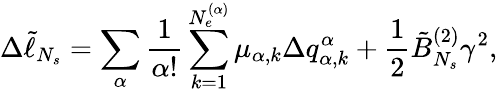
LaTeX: \Delta\tilde{\ell}_{N_{s}}=\sum_{\alpha}\frac{1}{\alpha!}\sum_{k=1}^{N_{e}^{(\alpha)}}{\mu_{\alpha,k}\Delta q_{\alpha,k}^{\alpha}}+\frac{1}{2}\tilde{B}_{N_{s}}^{(2)}\gamma^{2},